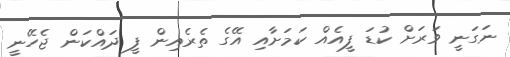
ނަގަނީ ވަރަށް ކުޑަ ފީއެއް ކަމަށާއި އޭގެ ތެރެއިން ފީ ދައްކަން ޖެހޭނީ